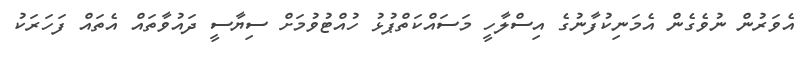
އެވަރުން ނުވެގެން އެމަނިކުފާނުގެ އިސްލާހީ މަސައްކަތްޕުޅު ހުއްޓުވުމަށް ސިޔާސީ ދައުވާތައް އެތައް ފަހަރަކު